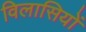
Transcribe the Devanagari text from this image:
विलासियों